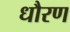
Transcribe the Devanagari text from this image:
धौरण